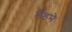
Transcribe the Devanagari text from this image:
लँडने